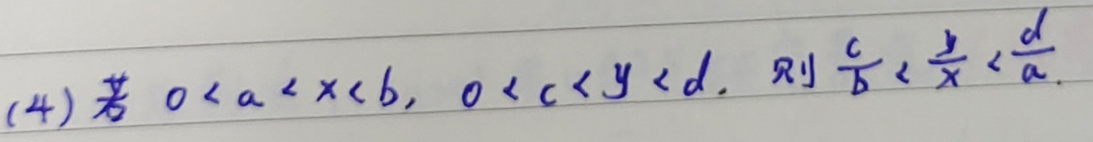
(4) 若 \(0 < a < x < b\)，\(0 < c < y < d\)，则 \(\frac{c}{b} < \frac{y}{x} < \frac{d}{a}\)。